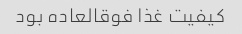
کیفیت غذا فوقالعاده بود